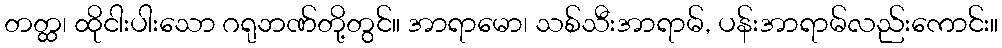
တတ္ထ၊ ထိုငါးပါးသော ဂရုဘဏ်တို့တွင်။ အာရာမော၊ သစ်သီးအာရာမ်, ပန်းအာရာမ်လည်းကောင်း။